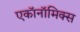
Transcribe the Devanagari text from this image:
एकॉनॉमिक्स